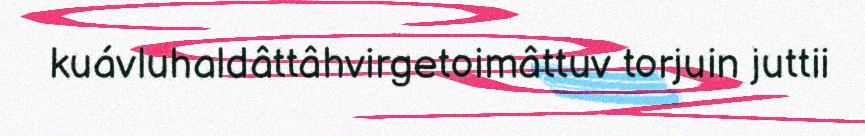
kuávluhaldâttâhvirgetoimâttuv torjuin juttii